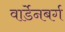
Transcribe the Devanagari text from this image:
वार्डेनबर्ग